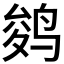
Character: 𱉾